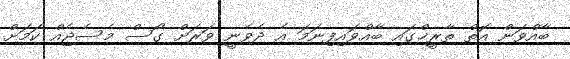
ބާއްވަން އޮތް ތާރީޚްގައި ބާއްވައިފިނަމަ އެ ދެވެނީ ވަރަށް ގޯސް މެސެޖެއް ކަމަށް